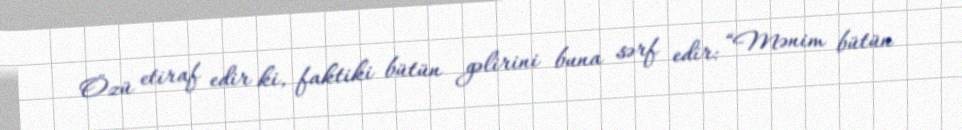
Özü etiraf edir ki, faktiki bütün gəlirini buna sərf edir: “Mənim bütün